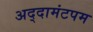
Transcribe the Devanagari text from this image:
अद्दामंटपम